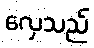
လှေသည်